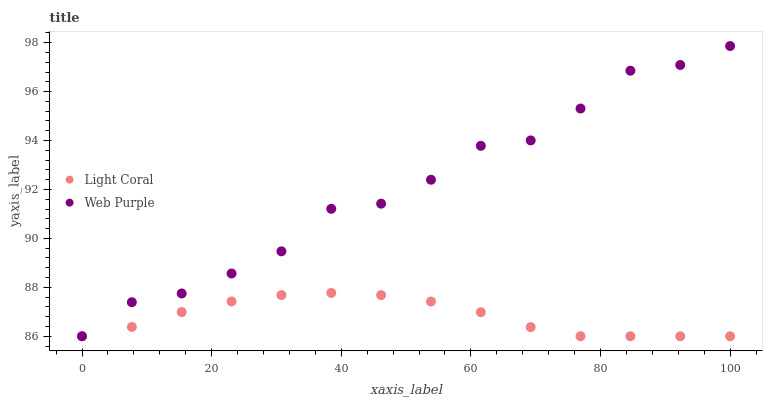
| xaxis_label | Light Coral | Web Purple |
 | --- | --- | --- |
 | 0 | 86 | 86 |
 | 7.69 | 86.4 | 87.4 |
 | 15.4 | 87 | 87.7 |
 | 23.1 | 87.4 | 88.6 |
 | 30.8 | 87.7 | 89.5 |
 | 38.5 | 87.8 | 91.2 |
 | 46.2 | 87.7 | 91.4 |
 | 53.8 | 87.4 | 92.4 |
 | 61.5 | 87 | 93.8 |
 | 69.2 | 86.4 | 94 |
 | 76.9 | 86 | 95.3 |
 | 84.6 | 86 | 96.9 |
 | 92.3 | 86 | 97.1 |
 | 100 | 86 | 97.9 |